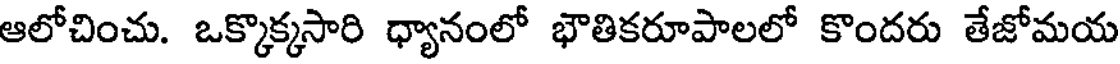
ఆలోచించు. ఒక్కొక్కసారి ధ్యానంలో భౌతికరూపాలలో కొందరు తేజోమయ